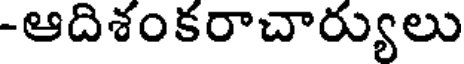
-ఆదిశంకరాచార్యులు